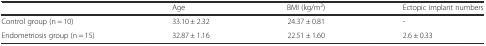
|  | Age | BMI (kg/m2) | Ectopic implant numbers |
 | --- | --- | --- | --- |
 | Control group (n = 10) | 33.10 ± 2.32 | 24.37 ± 0.81 | - |
 | Endometriosis group (n = 15) | 32.87 ± 1.16 | 22.51 ± 1.60 | 2.6 ± 0.33 |